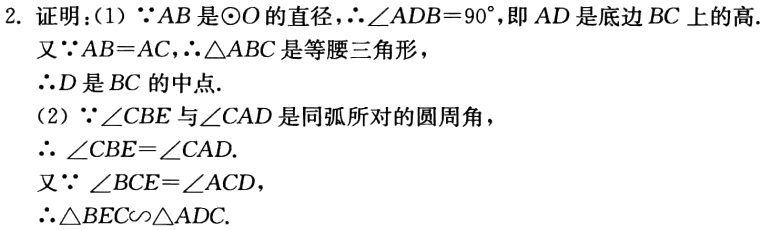
2. 证明：

(1)  \(\because AB\)是\(\odot O\)的直径，\(\therefore\angle ADB = 90^{\circ}\)，即\(AD\)是底边\(BC\)上的高.

又\(\because AB = AC\)，\(\therefore\triangle ABC\)是等腰三角形，

\(\therefore D\)是\(BC\)的中点.

(2) \(\because\angle CBE\)与\(\angle CAD\)是同弧所对的圆周角，

\(\therefore \angle CBE=\angle CAD\).

又\(\because \angle BCE = \angle ACD\)，

\(\therefore\triangle BEC\sim\triangle ADC\).